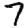
Digit: 7